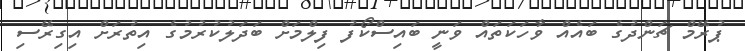
ޕުރޭމް ޗަންދުގެ ބައެއް ވާހަކަތައް ވަނީ ބައިސްކޯފު ފިލްމަށް ބަދަލުކުރުމުގެ އިތުރަށް އިގިރޭސި